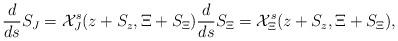
LaTeX: \begin{align*}\begin{aligned} & \frac{d}{ds} S_J = \mathcal{X}^s _{J } (z+S_z, \Xi+S_\Xi ) \frac{d}{ds} S_\Xi = \mathcal{X}^s _{\Xi} (z+S_z, \Xi+S_\Xi ) , \end{aligned}\end{align*}